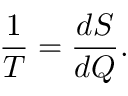
{ \frac { 1 } { T } } = { \frac { d S } { d Q } } .